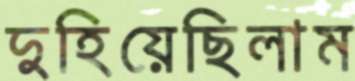
দুহিয়েছিলাম